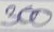
300